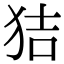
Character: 狤